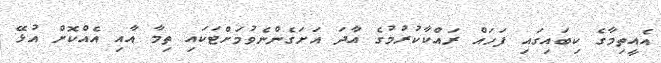
އެއީތިމާގެ ކިބައިގައި ފަހައް ރައްކާކުރުމުގެ އާދަ އަށަގެންނެވުމަށްޓަކައި ތިމާ އާއި އެއްކޮށް އުޅޭ